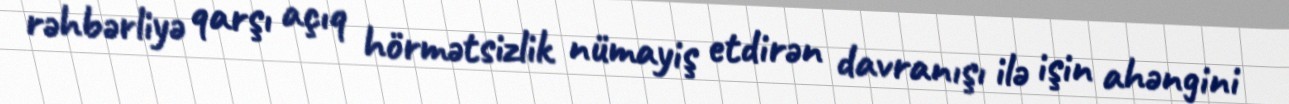
rəhbərliyə qarşı açıq hörmətsizlik nümayiş etdirən davranışı ilə işin ahəngini